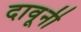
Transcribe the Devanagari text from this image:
दावूनी